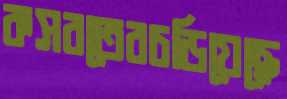
কসরতেরচড়িয়েছে